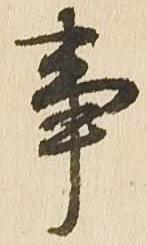
事